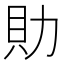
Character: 𧴧